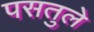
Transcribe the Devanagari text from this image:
पसतुले